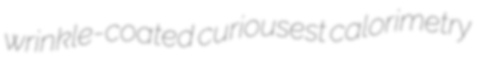
wrinkle-coated curiousest calorimetry